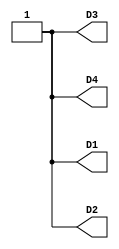
// This program was cloned from: https://github.com/FPGAwars/apio-examples
// License: GNU General Public License v2.0

//------------------------------------------------------------------
//-- Hello world example for the Kfir I board
//-- Turn on all the leds
//------------------------------------------------------------------

module leds(output wire D1,
            output wire D2,
            output wire D3,
            output wire D4);

assign D1 = 1'b1;
assign D2 = 1'b1;
assign D3 = 1'b1;
assign D4 = 1'b1;

endmodule